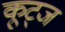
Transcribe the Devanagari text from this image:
कूट्ज